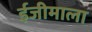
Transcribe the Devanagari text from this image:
ईजीमाला